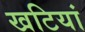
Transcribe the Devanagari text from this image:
खटियां